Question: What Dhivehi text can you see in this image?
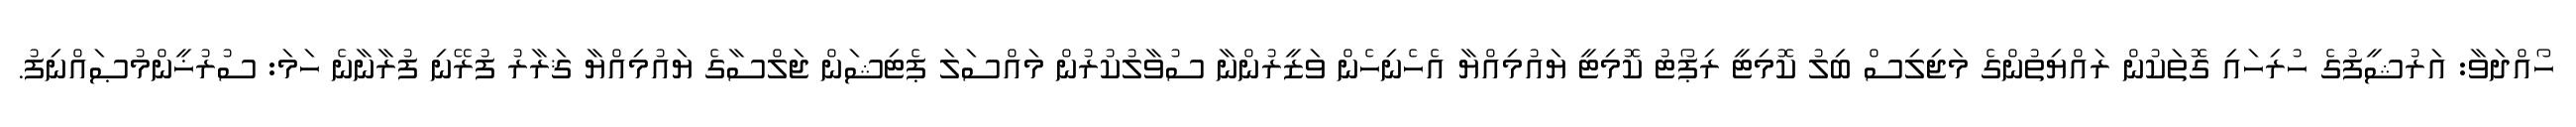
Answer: ހޯއްދަވާ: އަރުޝީފުގެ ހުރިހައި ގޮތަކުން ރައްޔިތުންގެ މަޖިލިސް ބިލު ކޮމިޓީ ރިޕޯޓު ކޮމިޓީ ޔައުމިއްޔާ އެހެނިހެން ވަޒީރުންނާ ސުވާލުކުރުން މައްސަލަ ޕެޓިޝަން ޖަލްސާގެ ޔައުމިއްޔާ ޤަރާރު ފުރޭނި ފުރާނާނެ ހަމަ: ސުރުޚީންމުޞައްނިފު.